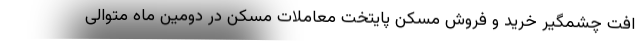
افت چشمگیر خرید و فروش مسکن پایتخت معاملات مسکن در دومین ماه متوالی